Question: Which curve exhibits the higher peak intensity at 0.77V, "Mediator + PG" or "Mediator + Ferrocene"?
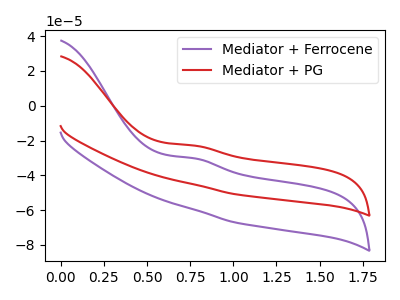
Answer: <think>The purple curve "Mediator + Ferrocene" has an anodic peak at: (0.75V, -30.20uA). The red curve "Mediator + PG" has an anodic peak at: (0.75V, -22.90uA).</think>
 <answer>The peak at 0.77V is higher in "Mediator + PG" than in "Mediator + Ferrocene".</answer>
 <eval>higher</eval>